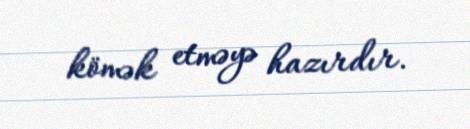
kömək etməyə hazırdır.